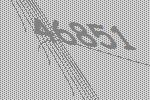
46851